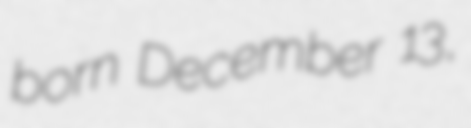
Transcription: born December 13,